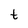
Character: t